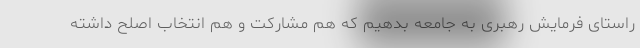
راستای فرمایش رهبری به جامعه بدهیم که هم مشارکت و هم انتخاب اصلح داشته